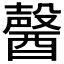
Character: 𨢤